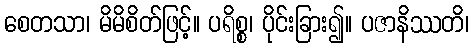
စေတသာ၊ မိမိစိတ်ဖြင့်။ ပရိစ္စ၊ ပိုင်းခြား၍။ ပဇာနိဿတိ၊